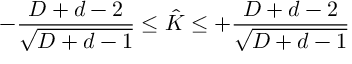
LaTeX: - \frac { D + d - 2 } { \sqrt { D + d - 1 } } \leq \hat { K } \leq + \frac { D + d - 2 } { \sqrt { D + d - 1 } }